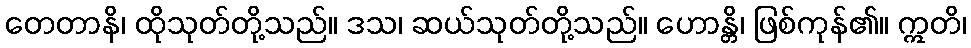
တေတာနိ၊ ထိုသုတ်တို့သည်။ ဒသ၊ ဆယ်သုတ်တို့သည်။ ဟောန္တိ၊ ဖြစ်ကုန်၏။ ဣတိ၊